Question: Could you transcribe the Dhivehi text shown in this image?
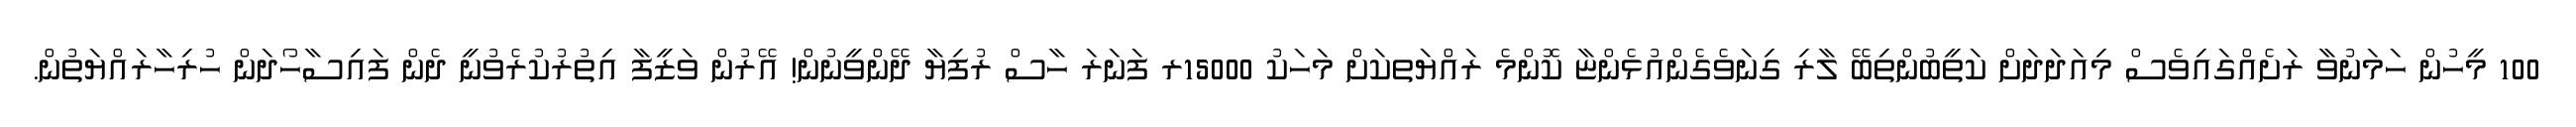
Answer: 100 މީހުން ހަމަނުވާ ރަށެއްގައިވެސް މިއަދަދަށް ކަތީބުންތިބޭ ލާރި ގިނަވެގެންއުޅެންޏާ ކޮންމެ ރައްޔަތކަށް މަހަކު 15000ރ ފަނަރަ ހާސް ރުފިޔާ ދޭންވީނުން! އޭރުން ވަޒީފާ އިތުރުކުރެވުނީ ދެން ފައިސާހޯދަން ހުރިހާރައްޔަތުން.